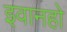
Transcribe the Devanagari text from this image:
इवानहो